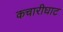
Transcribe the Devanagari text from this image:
कचारीघाट